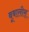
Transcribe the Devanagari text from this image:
बूबालीस्